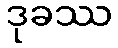
ဒုခဿ